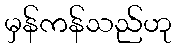
မှန်ကန်သည်ဟု